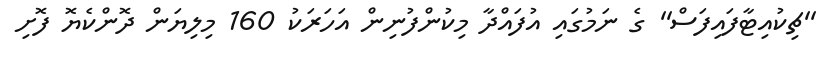
''ޗިކުއިޓާފައިފަސް'' ގެ ނަމުގައި އުފައްދާ މިކުންފުނިން އަހަރަކު 160 މިލިޔަން ދޮންކެޔޮ ފޮށި